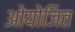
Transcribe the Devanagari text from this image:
ओयोजित